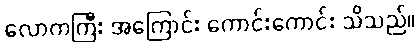
လောကကြီး အကြောင်း ကောင်းကောင်း သိသည်။